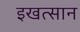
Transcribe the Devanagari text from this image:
इखत्सान